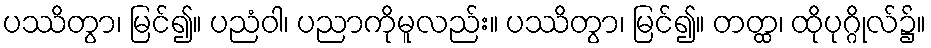
ပဿိတွာ၊ မြင်၍။ ပညံဝါ၊ ပညာကိုမူလည်း။ ပဿိတွာ၊ မြင်၍။ တတ္ထ၊ ထိုပုဂ္ဂိုလ်၌။